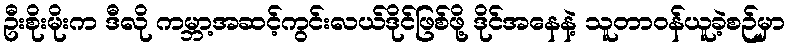
ဦးစိုးမိုးက ဒီလို ကမ္ဘာ့အဆင့်ကွင်းလယ်ဒိုင်ဖြစ်ဖို့ ဒိုင်အနေနဲ့ သူတာဝန်ယူခဲ့စဉ်မှာ